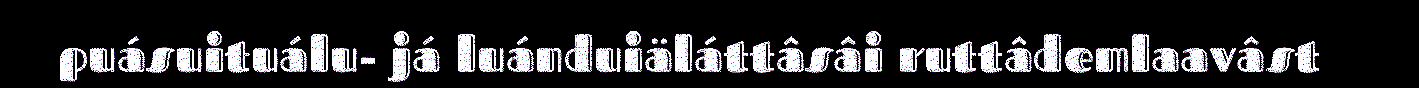
puásuituálu- já luánduiäláttâsâi ruttâdemlaavâst